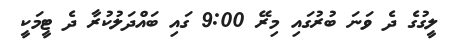
ލީގުގެ ދެ ވަނަ ބުރުގައި މިރޭ 9:00 ގައި ބައްދަލުކުރާ ދެ ޓީމަކީ